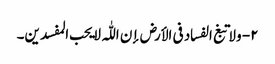
۲- ولا تبغ الفساد فی الأرض إن اللّٰہ لا یحب المفسدین۔